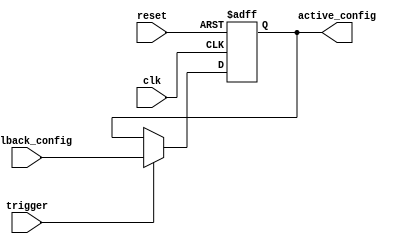
module fallback_bypass_register (
    input wire clk,
    input wire reset,
    input wire trigger,
    input wire [7:0] fallback_config,
    output reg [7:0] active_config
);

always @(posedge clk or posedge reset) begin
    if (reset) begin
        active_config <= 8'b00000000;
    end else if (trigger) begin
        active_config <= fallback_config;
    end
end

endmodule